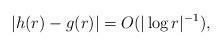
LaTeX: \begin{align*}\left\vert h(r)-g(r)\right\vert =O(|\log r|^{-1}), \end{align*}